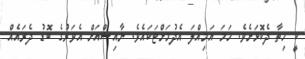
ކީ ހިތާ ދެކޮޅަށެވެ. ހަމަ އަމިއްލަ އެދުމަށްޓަކައެވެ. ނާއިޝްއަށް އެވަރުގެ ބޮޑު ދެރައެއް